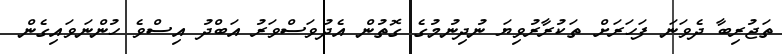
ތަޖުރިބާ ދެވަނަ ފަހަރަށް ތަކުރާރުވިޔަ ނުދިނުމުގެ ގޮތުން އެދުވަސްވަރު އަބްދު އިސްވެ ހުންނަވައިގެން